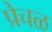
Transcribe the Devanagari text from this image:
प्रेचळ